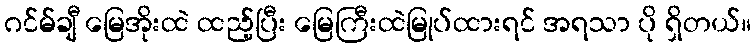
ဂင်မ်ချီ မြေအိုးထဲ ထည့်ပြီး မြေကြီးထဲမြုပ်ထားရင် အရသာ ပို ရှိတယ်။